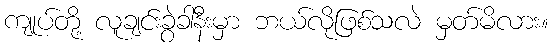
ကျုပ်တို့ လူချင်းခွဲခါနီးမှာ ဘယ်လိုဖြစ်သလဲ မှတ်မိလား။